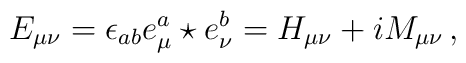
E_{\mu\nu}=\epsilon_{ab}e^a_{\mu}\star e^b_{\nu}=H_{\mu\nu}+iM_{\mu\nu}\,,